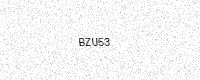
Text: BZU53